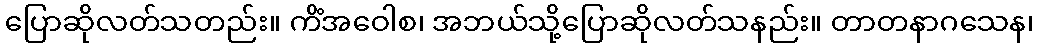
ပြောဆိုလတ်သတည်း။ ကိံအဝေါစ၊ အဘယ်သို့ပြောဆိုလတ်သနည်း။ တာတနာဂသေန၊